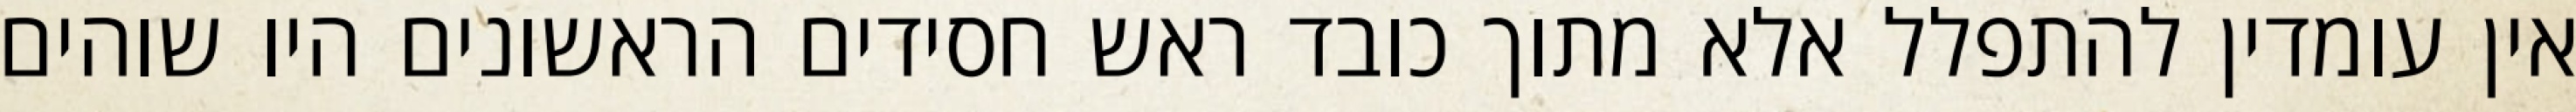
אין עומדין להתפלל אלא מתוך כובד ראש חסידים הראשונים היו שוהים